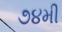
૭૪મી